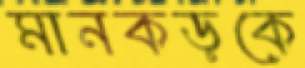
মানকড়কে